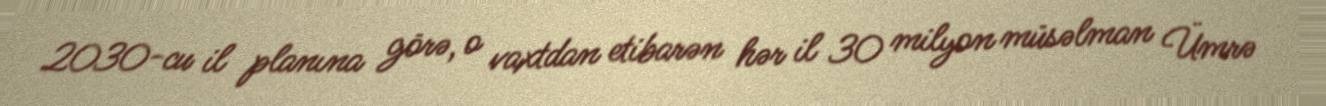
2030-cu il planına görə, o vaxtdan etibarən hər il 30 milyon müsəlman Ümrə